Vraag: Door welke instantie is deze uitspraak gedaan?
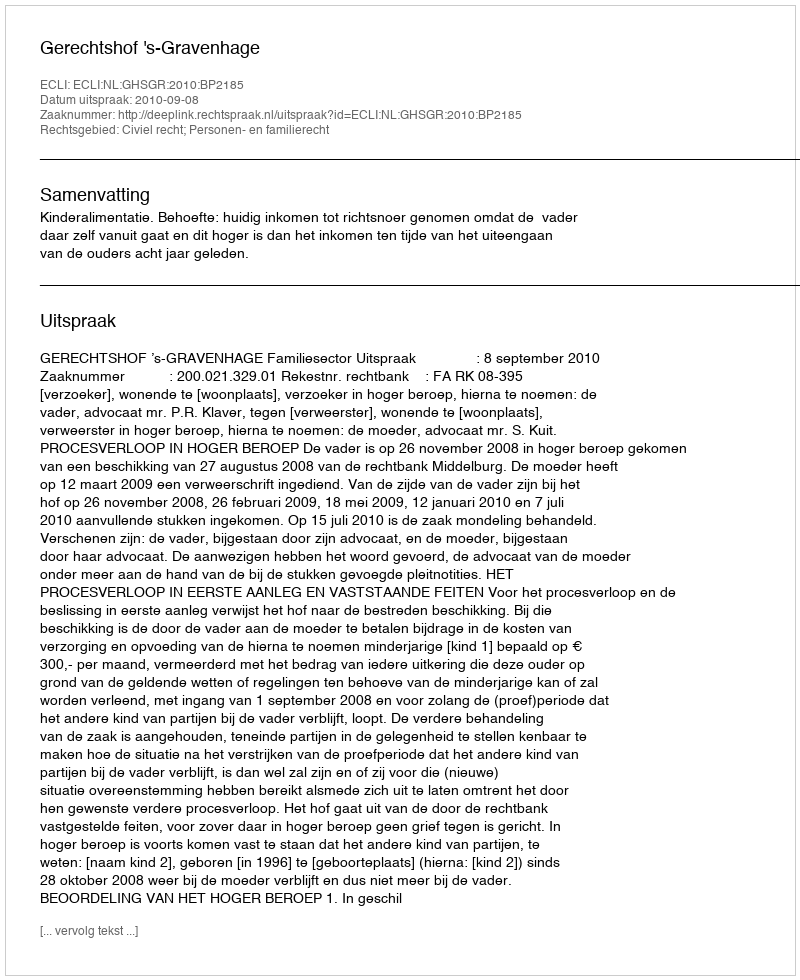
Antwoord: Gerechtshof 's-Gravenhage